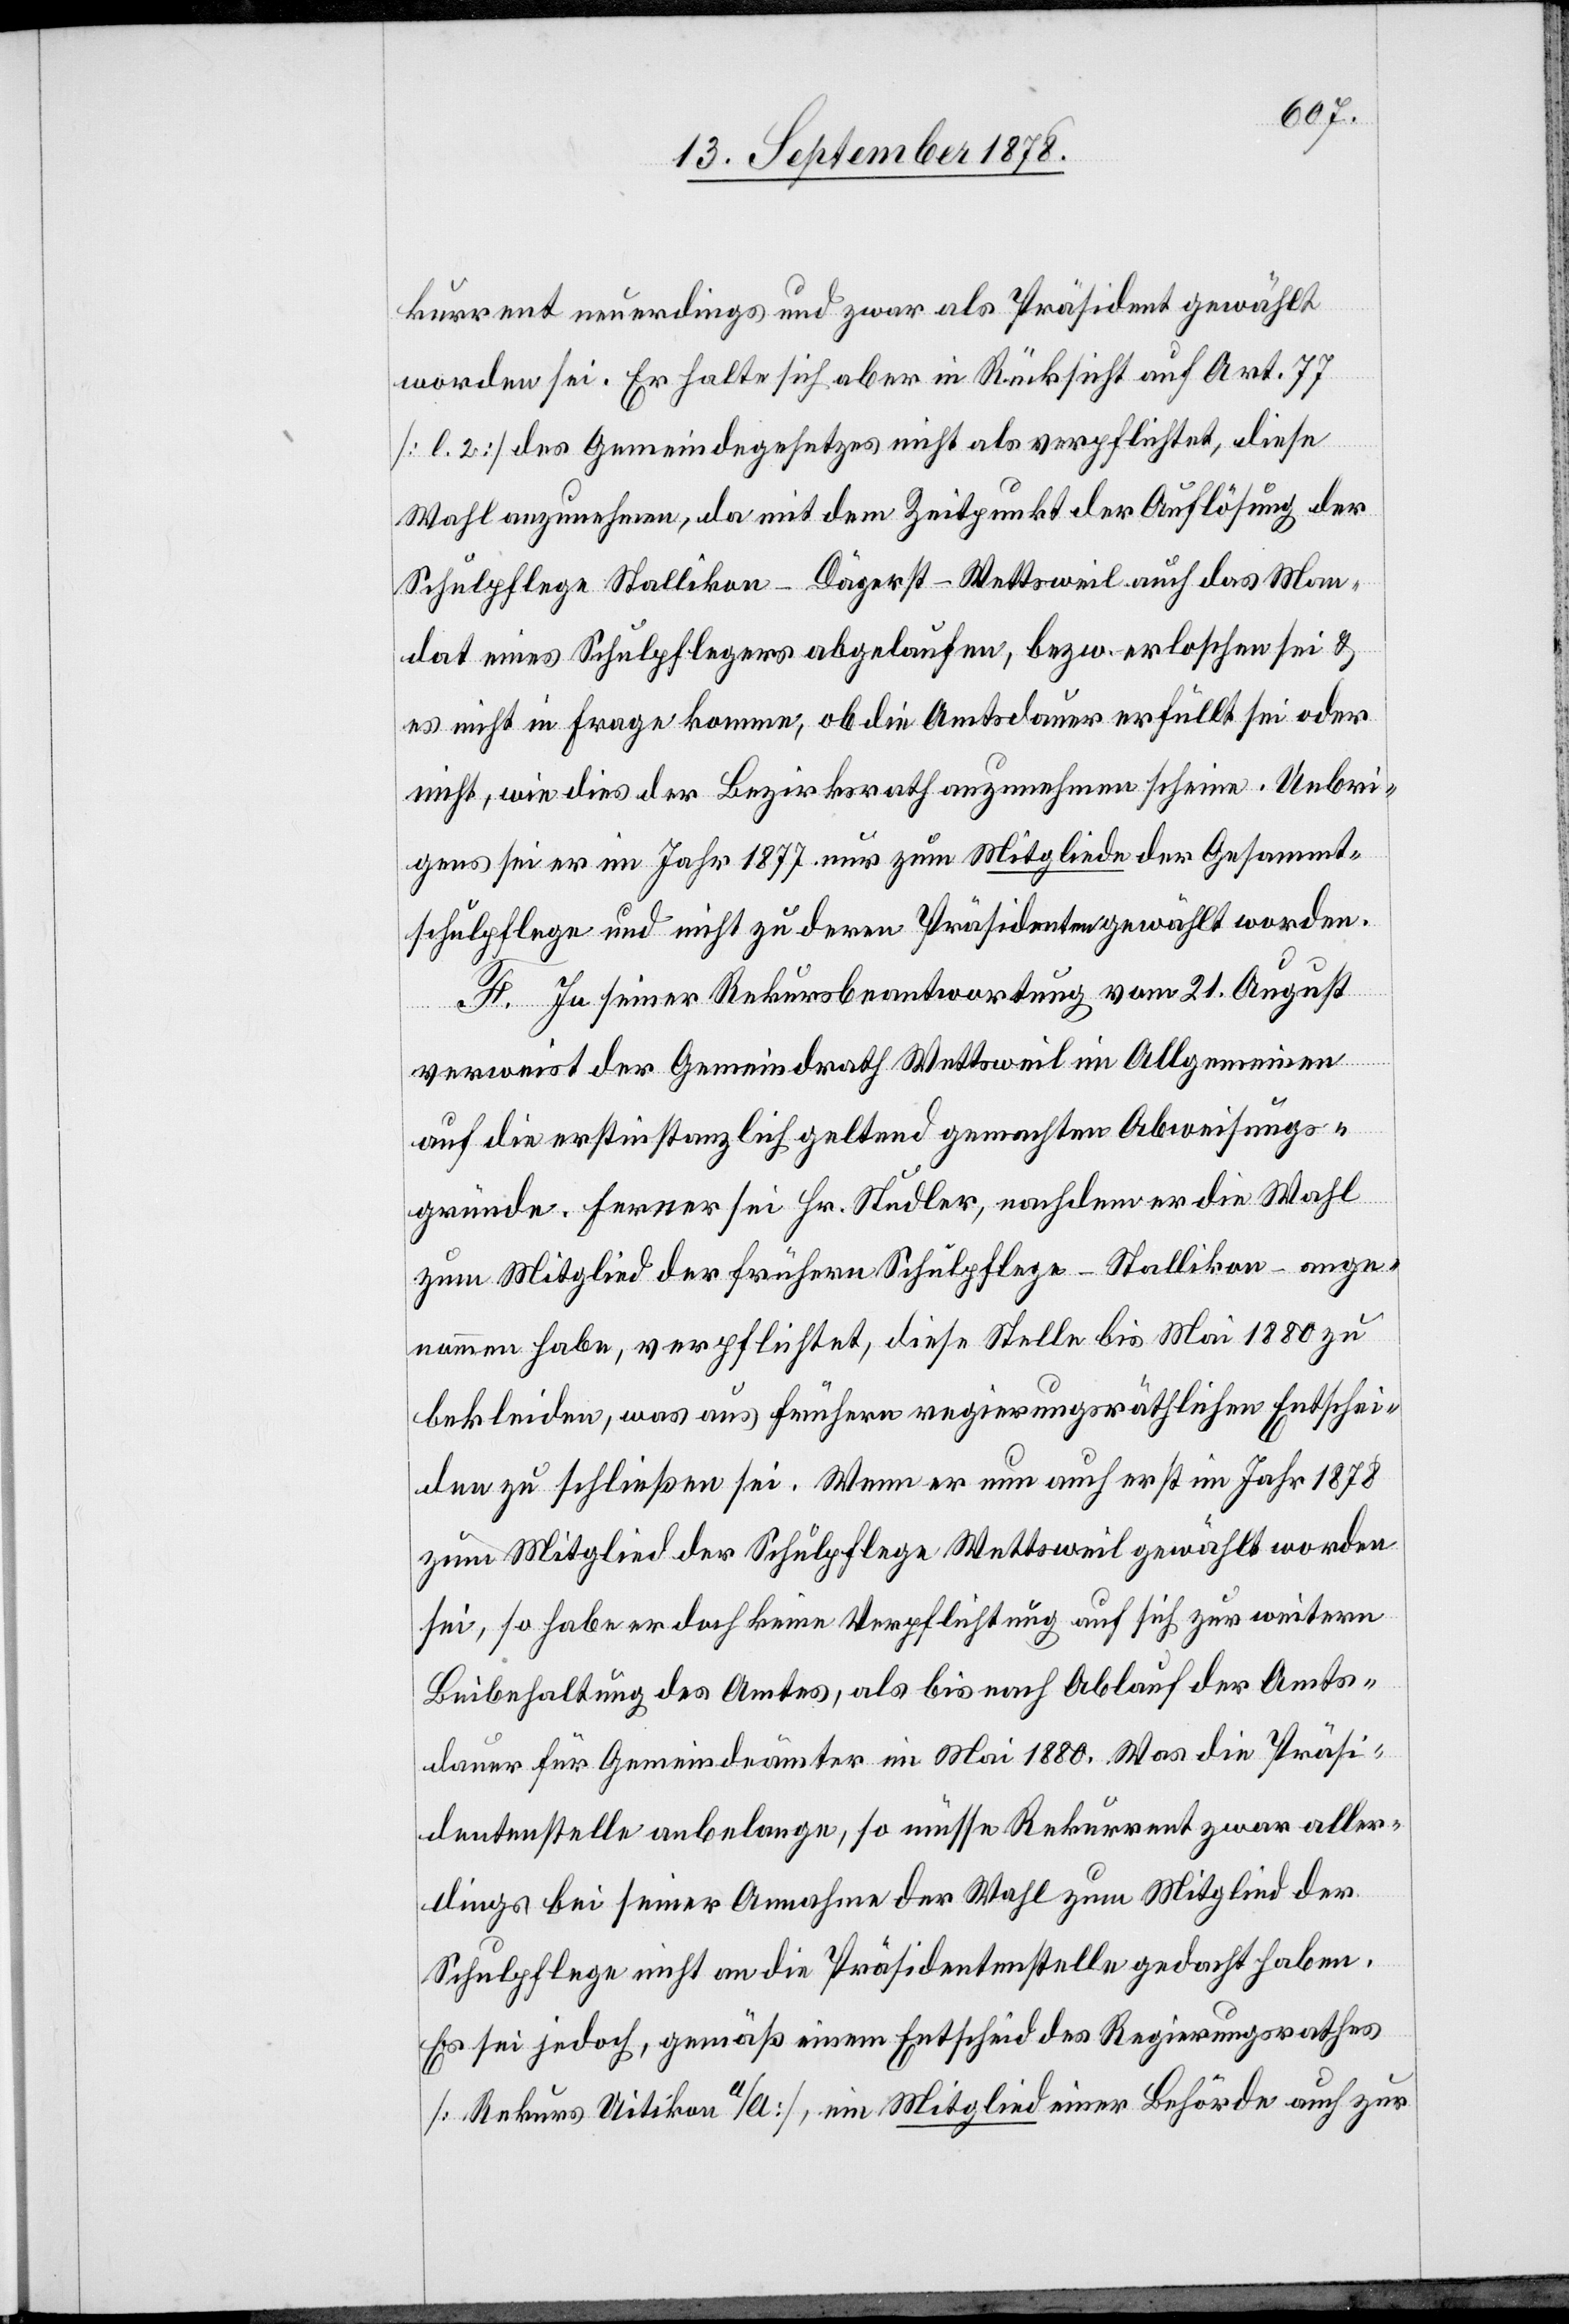
kurrent neuerdings und zwar als Präsident gewählt
worden sei. Er halte sich aber in Rücksicht auf Art. 77
[l. 2] des Gemeindegesetzes nicht als verpflichtet, diese
Wahl anzunehmen, da mit dem Zeitpunkt der Auflösung der
Schulpflege Stallikon-Dägerst-Wettsweil auch das Man¬
dat eines Schulpflegers abgelaufen, bezw. erloschen sei &
es nicht in Frage komme, ob die Amtsdauer erfüllt sei oder
nicht, wie dies der Bezirksrath anzunehmen scheine. Uebri¬
gens sei er im Jahr 1877 nur zum Mitgliede der Gesammt¬
schulpflege und nicht zu deren Präsident gewählt worden.
F. In seiner Rekursbeantwortung vom 21. August
diese
zu
verweist der Gemeindrath Wettsweil im Allgemeinen
auf die erstinstanzlich geltend gemachten Abweisungs¬
gründe. Ferner sei Hr. Studler, nachdem er die Wahl
zum Mitglied der frühern Schulpflege–Stallikon habe,
bekleiden, was aus frühern regierungsräthlichen Entschei¬
den zu schließen sei. Wenn er nun auch erst im Jahr 1878
zum Mitglied der Schulpflege Wettsweil gewählt worden
sei, so habe er doch keine Verpflichtung auf sich zur weitern
Beibehaltung des Amtes, als bis nach Ablauf der Amts¬
dauer für Gemeindeämter im Mai 1880. Was die Präsi¬
dentenstelle anbelange, so müsse Rekurrent zwar aller¬
dings bei seiner Annahme der Wahl zum Mitglied der
Schulpflege nicht an die Präsidentenstelle gedacht haben.
Es sei jedoch, gemäß einem Entscheid des Regierungsrathes
[Rekurs Uitikon a/A.], ein Mitglied einer Behörde auch zur